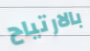
بالارتياح